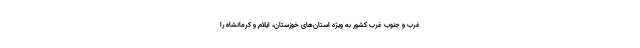
غرب و جنوب غرب کشور به ویژه استان‌های خوزستان، ایلام و کرمانشاه را